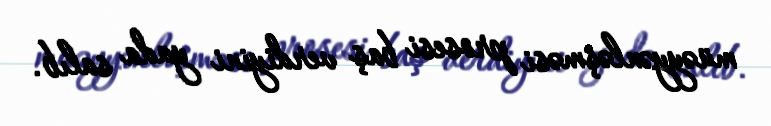
müəyyənləşməsi prosesi baş verdiyini yada salıb.